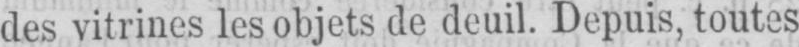
des vitrines les objets de deuil. Depuis, toutes